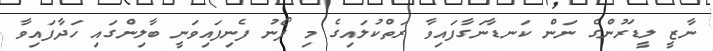
ނާޒީ ލީޑަރުންގެ ނަން ކަނޑާނަގާފައިވާ ރަތްކުލައިގެ މި ފޯނު ފެނިފައިވަނީ ބާލިންގައި ހަދާފައިވާ